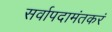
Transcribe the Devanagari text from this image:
सर्वापदामंतकरं